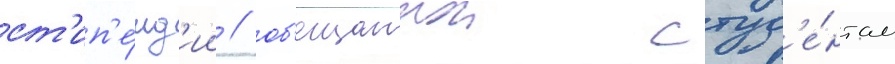
ст'ип'е́нд'ии / об'ещаннои студ'е́нтам